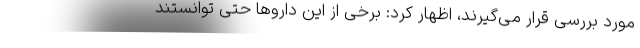
مورد بررسی قرار می‌گیرند، اظهار کرد: برخی از این داروها حتی توانستند